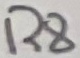
Text: R8